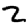
Digit: 2